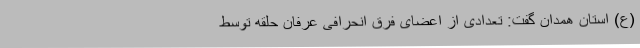
(ع) استان همدان گفت: تعدادی از اعضای فرق انحرافی عرفان حلقه توسط